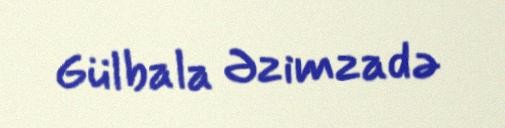
Gülbala Əzimzadə